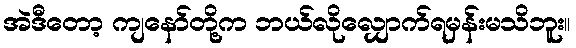
အဲဒီတော့ ကျနော်တို့က ဘယ်လိုလျှောက်ရမှန်းမသိဘူး။